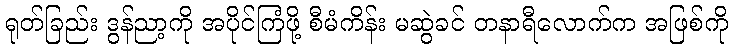
ရုတ်ခြည်း ဒွန်ညာ့ကို အပိုင်ကြံဖို့ စီမံကိန်း မဆွဲခင် တနာရီလောက်က အဖြစ်ကို